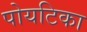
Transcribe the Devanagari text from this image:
पोयटिका